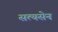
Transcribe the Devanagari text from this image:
सत्यसेन